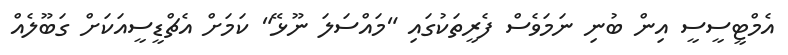
އެމްޓީސީސީ އިން ބުނި ނަމަވެސް ފެރީތަކުގައި "މައްސަލަ ނޫޅޭ" ކަމަށް އެޗްޑީސީއަކަށް ގަބޫލެއް